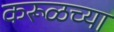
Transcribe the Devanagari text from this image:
करूळच्या